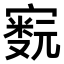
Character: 𫴁